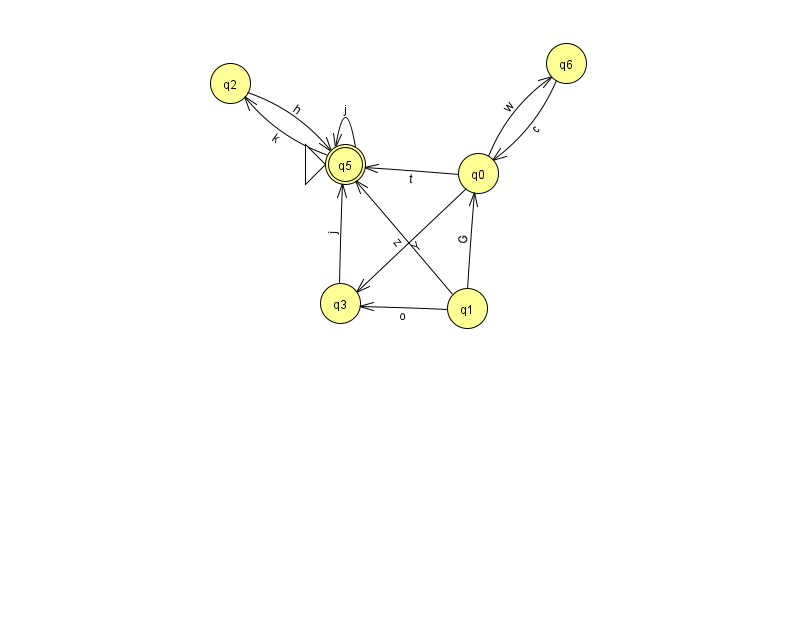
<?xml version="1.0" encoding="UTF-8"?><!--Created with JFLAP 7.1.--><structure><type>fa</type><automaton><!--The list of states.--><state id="0" name="q0"><x>478.0</x><y>160.0</y></state><state id="1" name="q1"><x>467.0</x><y>295.0</y></state><state id="2" name="q2"><x>230.0</x><y>70.0</y></state><state id="3" name="q3"><x>340.0</x><y>290.0</y></state><state id="5" name="q5"><x>345.0</x><y>151.0</y><initial/><final/></state><state id="6" name="q6"><x>566.0</x><y>50.0</y></state><!--The list of transitions.--><transition><from>1</from><to>0</to><read>G</read></transition><transition><from>1</from><to>3</to><read>o</read></transition><transition><from>3</from><to>5</to><read>j</read></transition><transition><from>0</from><to>3</to><read>Y</read></transition><transition><from>5</from><to>2</to><read>k</read></transition><transition><from>2</from><to>5</to><read>h</read></transition><transition><from>6</from><to>0</to><read>c</read></transition><transition><from>0</from><to>5</to><read>t</read></transition><transition><from>0</from><to>6</to><read>w</read></transition><transition><from>5</from><to>5</to><read>j</read></transition><transition><from>1</from><to>5</to><read>z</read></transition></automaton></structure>